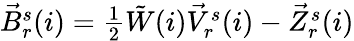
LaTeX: \begin{array}{r}{\vec{B}_{r}^{s}(i)=\frac{1}{2}\tilde{W}(i)\vec{V}_{r}^{s}(i)-\vec{Z}_{r}^{s}(i)}\end{array}